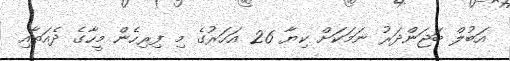
އަބުލް ބަޖަންދަރު ނަމަކަށް ކިޔާ 26 އަހަރުގެ މި ފިރިހެން މީހާގެ ދެއަތާއި